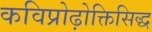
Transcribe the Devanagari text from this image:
कविप्रोढ़ोक्तिसिद्ध